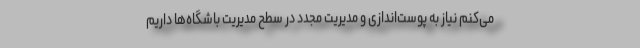
می‌کنم نیاز به پوست‌اندازی و مدیریت مجدد در سطح مدیریت باشگاه‌ها داریم